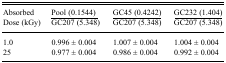
| <ROWSPAN=2> Absorbed Dose (kGy) | Pool (0.1544) | GC45 (0.4242) | GC232 (1.404) |
 | GC207 (5.348) | GC207 (5.348) | GC207 (5.348) |
 | --- | --- | --- | --- |
 | 1.0 | 0.996 ± 0.004 | 1.007 ± 0.004 | 1.004 ± 0.004 |
 | 25 | 0.977 ± 0.004 | 0.986 ± 0.004 | 0.992 ± 0.004 |